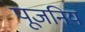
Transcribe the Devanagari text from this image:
पूजनिय